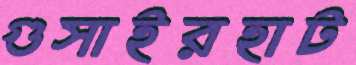
গুসাইরহাট